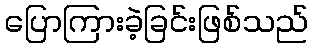
ပြောကြားခဲ့ခြင်းဖြစ်သည်